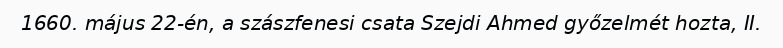
1660. május 22-én, a szászfenesi csata Szejdi Ahmed győzelmét hozta, II.